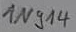
Text: 1N914